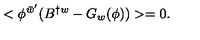
< \phi ^ { \bar { w } ^ { \prime } } ( B ^ { \dagger w } - G _ { w } ( \phi ) ) > = 0 .